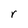
Character: r